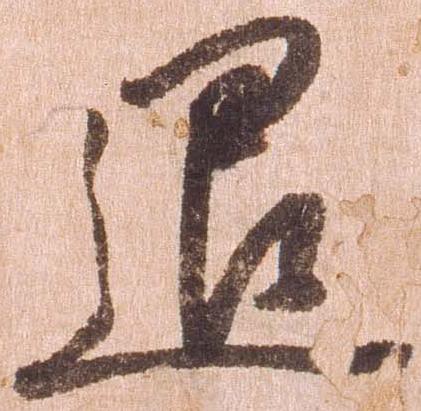
退